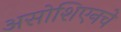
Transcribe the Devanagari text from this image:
असोशिएनचे